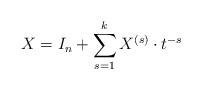
LaTeX: \begin{align*} X = I_n + \sum_{s = 1}^{k} X^{(s)} \cdot t^{-s}\end{align*}